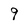
Character: 9